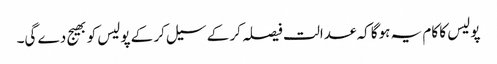
پولیس کا کام یہ ہوگا کہ عدالت فیصلہ کر کے سیل کر کے پولیس کو بھیج دے گی۔